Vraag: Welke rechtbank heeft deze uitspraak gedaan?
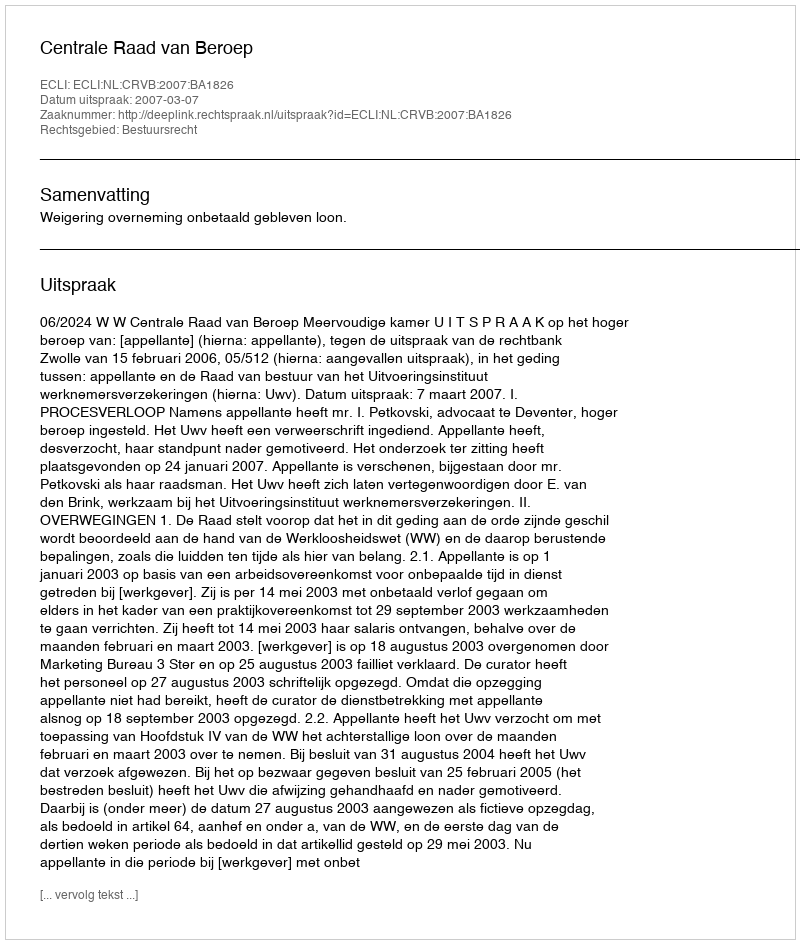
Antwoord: Centrale Raad van Beroep